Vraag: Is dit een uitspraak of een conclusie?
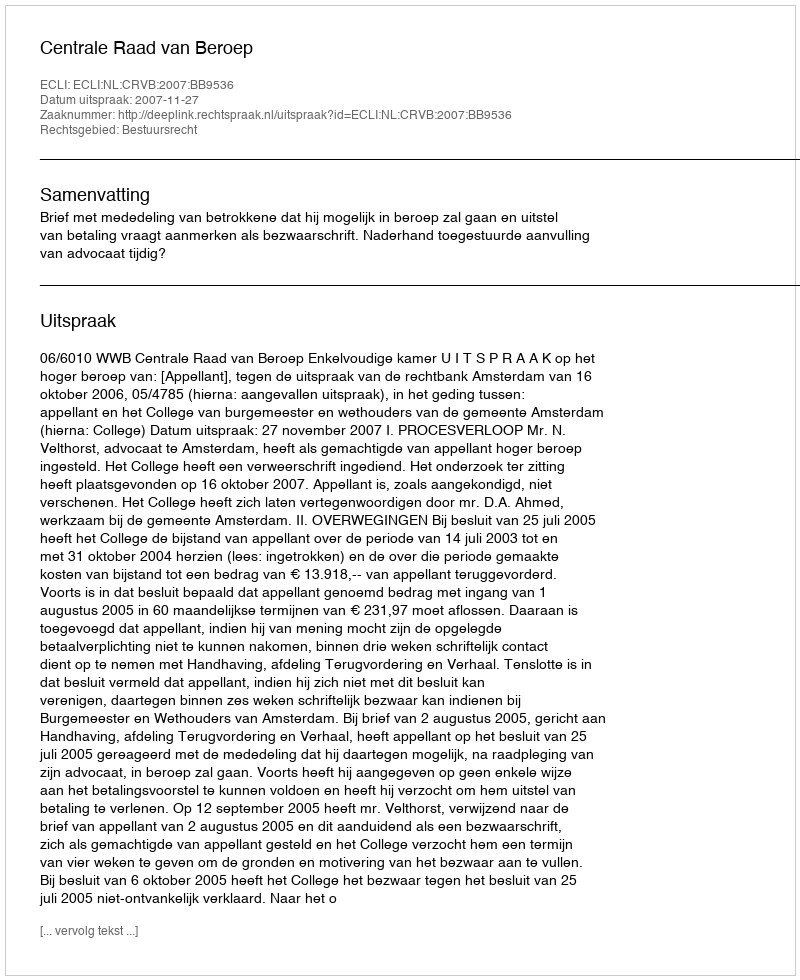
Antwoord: Uitspraak